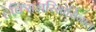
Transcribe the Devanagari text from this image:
हेक्सिलरिसोर्सिनाल